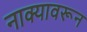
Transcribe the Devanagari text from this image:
नाक्यावरून